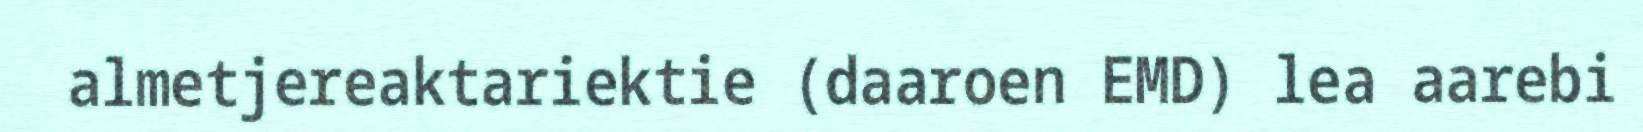
almetjereaktariektie (daaroen EMD) lea aarebi